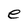
Character: e